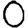
Digit: 0